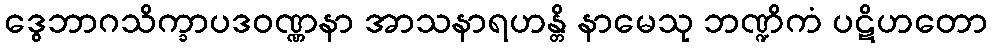
ဒွေဘာဂသိက္ခာပဒဝဏ္ဏနာ အာသနာရဟန္တိ နာမေသု ဘဏ္ဍိကံ ပဋိဟတော